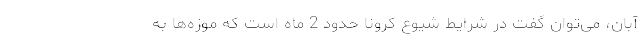
آبان، می‌توان گفت در شرایط شیوع کرونا حدود 2 ماه است که موزه‌ها به